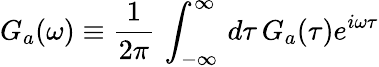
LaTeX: G_{a}(\omega)\equiv\frac{1}{2\pi}\, \int_{-\infty}^{\infty}\, d\tau\, G_{a}(\tau)e^{i\omega\tau}